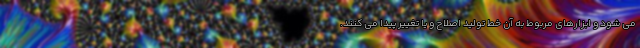
می شود و ابزارهای مربوط به آن خط تولید اصلاح و یا تغییر پیدا می کنند.